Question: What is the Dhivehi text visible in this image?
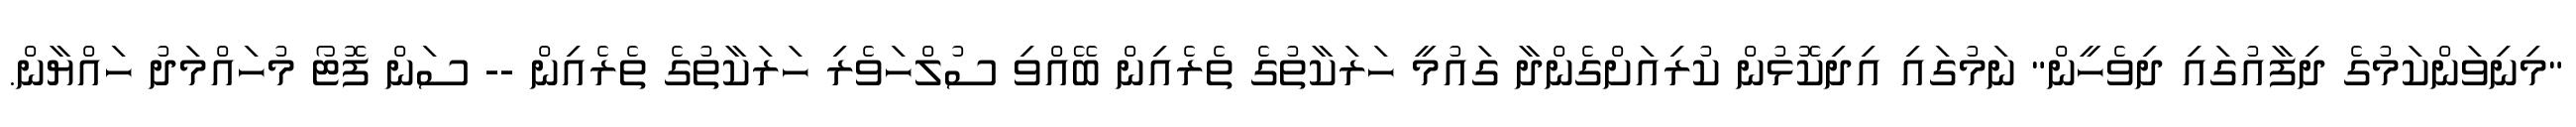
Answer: "މިނިވަންކަމުގެ ދިފާއުގައި ދިވެހީން" ނަމުގައި އިދިކޮޅުން ކުރިއަށްގެންދާ ގައުމީ ހަރަކާތުގެ ތެރެއިން ބޭއްވި ސުލްހަވެރި ހަރަކާތުގެ ތެރެއިން -- ސަން ފޮޓޯ މުހައްމަދު ހައްޔާން.